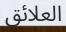
العلائق